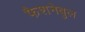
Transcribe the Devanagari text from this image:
फैशनेबुल